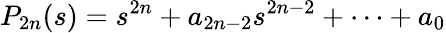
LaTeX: P_{2n}(s)=s^{2n}+a_{2n-2}s^{2n-2}+\cdots+a_{0}